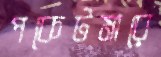
পকেটমারে